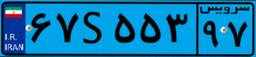
۶۷S۵۵۳۹۷